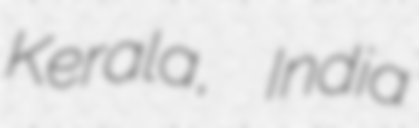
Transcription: Kerala, India